Annual report of the Madras Medical College
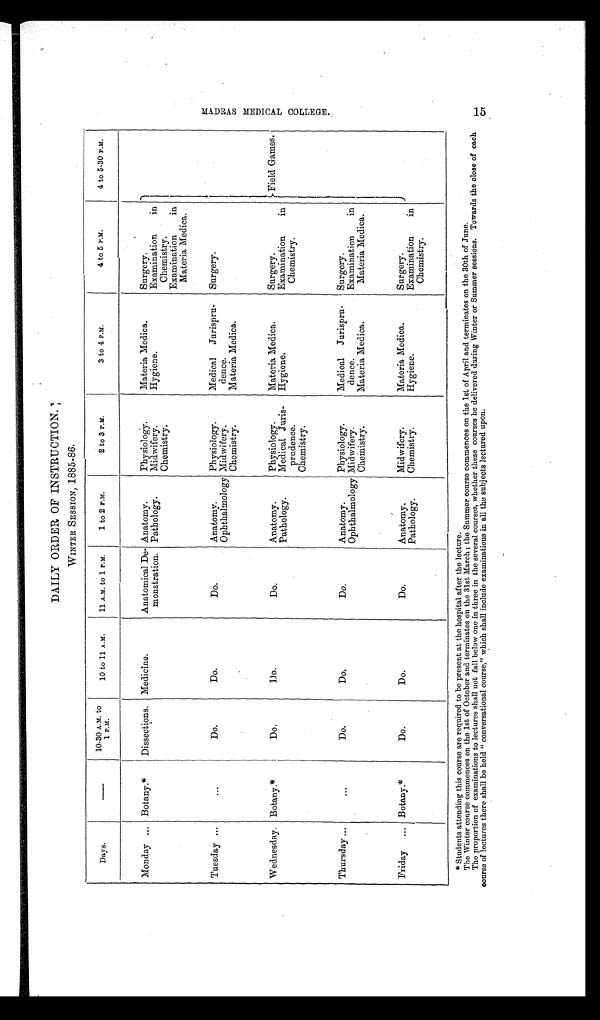
DAILY ORDER OF INSTRUCTION.
WINTER SESSION. 1885-86.
Days.
— 10-30 A.M. to
1 P.M.
10 to 11 A.M.
11 A.M. to 1 P.M.
1 to 2 P.M.
2 to 3 P.M.
3 to 4 P.M.
4 to 5 P.M.
4 to 5-30 P.M.
Monday ... Botany.*
Dissections. Medicine.
Anatomical De-
monstration.
Anatomy.
Physiology.
Materia Medica.
Surgery.
Field Games.
Pathology.
Midwifery.
Hygiene.
Examination
in
Chemistry.
Chemistry.
Examination
in
Materia Medica.
Tuesday ...
...
Do.
Do.
Do.
Anatomy.
Physiology.
Medical Jurispru-
dence.
Surgery.
Ophthalmology Midwifery.
Chemistry.
Materia Medica.
Wednesday. Botany.*
Do.
Do.
Do.
Anatomy.
Physiology.
Materia Medica.
Surgery.
Pathology.
Medical Juris-
prudence.
Hygiene.
Examination
in
Chemistry.
Chemistry.
Thursday ...
. . .
Do.
Do.
Do.
Anatomy.
Physiology.
Medical Jurispru-
dence.
Surgery.
Ophthalmology Midwifery.
Examination
in
Materia Medica.
Chemistry.
Materia Medica.
Friday ... Botany.*
Do.
Do.
Do.
Anatomy.
Midwifery.
Materia Medica.
Surgery.
Pathology.
Chemistry.
Hygiene.
Examination
in
Chemistry.
*Students attending this course are required to be present at the hospital after the lecture.
The Winter course commences on the 1st of October and terminates on the 31st March ; the Summer course commences on the 1st of April and terminates on the 30th of June.
The proportion of examinations to lectures shall not fall below one in three in the several courses, whether these courses be delivered during Winter or Summer sessions. Towards the close of each
course of lectures there shall be held " conversational course," which shall include examinations in all the subjects lectured upon.
M A D A R S M E D I C A L C O L L E G E .
15